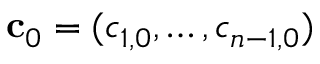
\mathbf { c } _ { 0 } = ( c _ { 1 , 0 } , \hdots , c _ { n - 1 , 0 } )